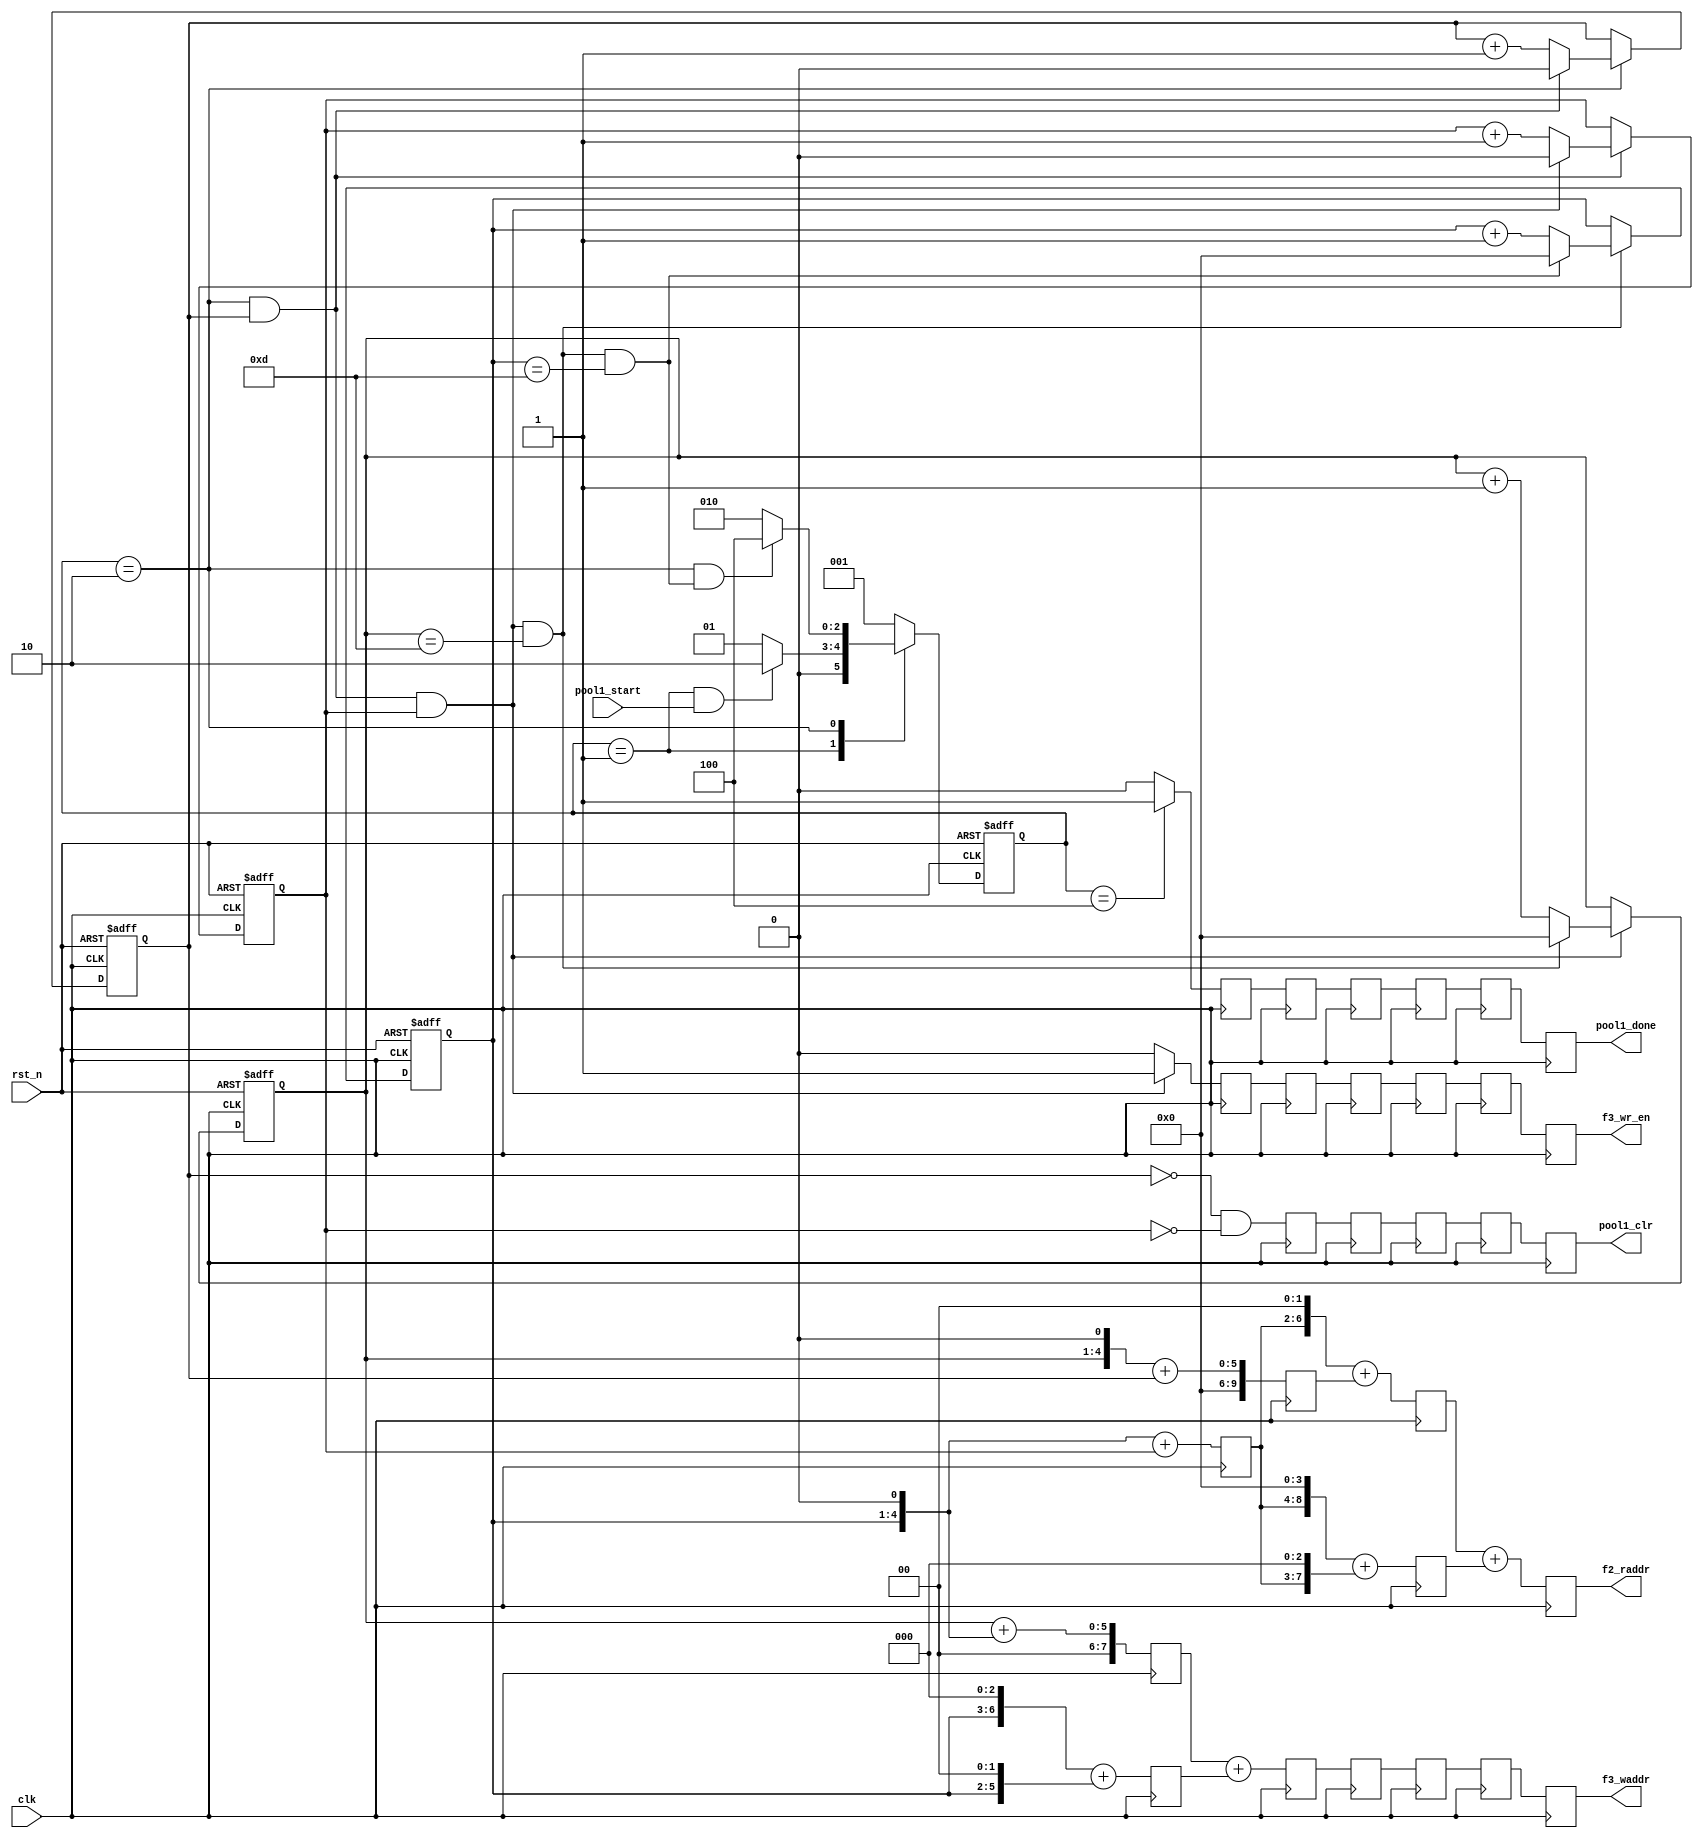
module pool1_ctrl(/*autoport*/
//output
			f3_waddr,
			f3_wr_en,
			f2_raddr,
			pool1_done,
			pool1_clr,
//input
			clk,
			rst_n,
			pool1_start);
	input 	clk;
	input  	rst_n;

	//Input Feature Read Addr
	output [9:0] f2_raddr;

	//Output Feature Write Addr and Write Enable
	output [7:0] f3_waddr;
	output 	f3_wr_en;

	//Control Signal
	input 	pool1_start;
	output  pool1_done;
	output 	pool1_clr;

	localparam		IDLE = 3'b001;
	localparam   	RUN  = 3'b010;
	localparam      DONE = 3'b100;

	reg [2:0]  current_state,next_state;
	wire IDLE2RUN_start,RUN2DONE_start;

	always@(posedge clk or negedge rst_n)begin
		if(!rst_n)begin
			current_state <= IDLE;
		end
		else begin
			current_state <= next_state;
		end
	end

	always@* begin
		case(current_state)
		IDLE:begin
			if(IDLE2RUN_start)
				next_state = RUN;
			else begin
				next_state = IDLE;
			end
		end
		RUN: begin
			if(RUN2DONE_start)
				next_state = DONE;
			else begin
				next_state = RUN;
			end
		end
		DONE:begin
			next_state = IDLE;
		end
		default : next_state = IDLE;
		endcase
	end

	assign IDLE2RUN_start = current_state==IDLE && pool1_start==1'b1;
	assign RUN2DONE_start = current_state==RUN && end_cnt3;

//-------------------------------------
//-------cnt1:kernel column cnt--------
//-------------------------------------
	reg cnt0;
	wire add_cnt0,end_cnt0;

	always @(posedge clk or negedge rst_n) begin
		if (!rst_n) begin
			// reset
			cnt0 <= 0;
		end
		else if (add_cnt0) begin
			if(end_cnt0)
				cnt0 <= 1'b0;
			else begin
				cnt0 <= cnt0 + 1'b1;
			end
		end
	end

	assign add_cnt0 = current_state==RUN;
	assign end_cnt0 = add_cnt0 && cnt0 == 2-1;

//-------------------------------------
//-------cnt1:kernel row cnt-----------
//-------------------------------------
	reg cnt1;
	wire add_cnt1,end_cnt1;

	always @(posedge clk or negedge rst_n) begin
		if (!rst_n) begin
			// reset
			cnt1 <= 0;
		end
		else if (add_cnt1) begin
			if(end_cnt1)
				cnt1 <= 0;
			else begin
				cnt1 <= cnt1 + 1'b1;
			end
		end
	end

	assign add_cnt1 = end_cnt0;
	assign end_cnt1 = add_cnt1 && cnt1 == 2-1;

//-------------------------------------
//-------cnt2:Feature column cnt-------
//-------------------------------------
	reg[3:0] cnt2;
	wire add_cnt2,end_cnt2;

	always @(posedge clk or negedge rst_n) begin
		if (!rst_n) begin
			// reset
			cnt2 <= 0;
		end
		else if (add_cnt2) begin
			if(end_cnt2)
				cnt2 <= 0;
			else begin
				cnt2 <= cnt2 + 1'b1;
			end
		end
	end

	assign add_cnt2 = end_cnt1;
	assign end_cnt2 = add_cnt2 && cnt2 == 14-1;

//-------------------------------------
//-------cnt3:Feature row cnt----------
//-------------------------------------

	reg[3:0] cnt3;
	wire add_cnt3,end_cnt3;
	always @(posedge clk or negedge rst_n) begin
		if (!rst_n) begin
			// reset
			cnt3 <= 0;
		end
		else if (add_cnt3) begin
			if(end_cnt3)
				cnt3 <= 0;
			else begin
				cnt3 <= cnt3 + 1'b1;
			end
		end
	end

	assign add_cnt3 = end_cnt2;
	assign end_cnt3 = add_cnt3 && cnt3 == 14-1;

//---------------------------------------
//-----Address Generate------------------
//---------------------------------------
	//Read Address Gen, total 3 cycles delay
	reg [9:0]  f2_raddr_s1_1,f2_raddr_s1_2,f2_raddr_s2_1,f2_raddr_s2_2,f2_raddr_s3;        
	//f2_raddr = cnt2*2 + cnt3*2*28 + cnt0 + cnt1 * 28;
	always@(posedge clk)begin
		f2_raddr_s1_1 <= {cnt2[3:0],1'b0}+cnt0;
		f2_raddr_s1_2 <= {cnt3[3:0],1'b0}+cnt1;
		f2_raddr_s2_1 <= {f2_raddr_s1_2[4:0],2'b0} + f2_raddr_s1_1;
		f2_raddr_s2_2 <= {f2_raddr_s1_2[4:0],4'b0}+{f2_raddr_s1_2[4:0],3'b0};
		f2_raddr_s3   <= f2_raddr_s2_1 + f2_raddr_s2_2;

	end

	assign f2_raddr = f2_raddr_s3;

	//Write Address Gen
	wire[7:0] f3_waddr_temp;
	reg[7:0] f3_waddr_s1_1,f3_waddr_s1_2,f3_waddr_s2,f3_waddr_s3;
	//f3_waddr_temp = cnt2 + cnt3*14;
	always@(posedge clk)begin
		f3_waddr_s1_1 <= {cnt3[3:0],3'b0}+{cnt3[3:0],2'b0};
		f3_waddr_s1_2 <= cnt2 + {cnt3[3:0],1'b0} ;
		f3_waddr_s2   <= f3_waddr_s1_2 + f3_waddr_s1_1;
		f3_waddr_s3   <= f3_waddr_s2;
  	end
  	assign f3_waddr_temp = f3_waddr_s3;

//--------------------------------------
//----Control Signal Gen----------------
//--------------------------------------
	wire 	  pool1_clr_temp;
	wire      f3_wr_en_temp;
	wire      pool1_done_temp;

	assign f3_wr_en_temp = end_cnt1? 1'b1:1'b0;
	assign pool1_done_temp = current_state==DONE? 1'b1:1'b0;
	assign pool1_clr_temp = cnt0==0 && cnt1==0;


//-----------------------------------------
//--Registers Stage to Meet Correct Timing
//-----------------------------------------
//6 cycles delay for f3_wr_en_temp 
//3 for f3_waddr_temp
//6 for pool1_done_temp
//5 for pool1_clr_temp
	reg[7:0] f3_waddr_r1,f3_waddr_r2,f3_waddr_r3;
	reg f3_wr_en_r1,f3_wr_en_r2,f3_wr_en_r3,f3_wr_en_r4,f3_wr_en_r5,f3_wr_en_r6;
	reg pool1_done_r1,pool1_done_r2,pool1_done_r3,pool1_done_r4,pool1_done_r5,pool1_done_r6;
	reg pool1_clr_r1,pool1_clr_r2,pool1_clr_r3,pool1_clr_r4,pool1_clr_r5;
	always@(posedge clk )begin
		f3_wr_en_r1  <=  f3_wr_en_temp;      //3  for cnt2addr  
		f3_wr_en_r2  <=  f3_wr_en_r1;		 //2  for addr2data
		f3_wr_en_r3  <=  f3_wr_en_r2;		 //1  for pool
		f3_wr_en_r4  <=  f3_wr_en_r3;
		f3_wr_en_r5  <=  f3_wr_en_r4;
		f3_wr_en_r6  <=  f3_wr_en_r5;

		f3_waddr_r1  <=  f3_waddr_temp;
		f3_waddr_r2  <=  f3_waddr_r1;
		f3_waddr_r3  <=  f3_waddr_r2;	

	 	pool1_done_r1<=  pool1_done_temp;
	 	pool1_done_r2<=  pool1_done_r1;
	 	pool1_done_r3<=  pool1_done_r2;
	 	pool1_done_r4<=  pool1_done_r3;
	 	pool1_done_r5<=  pool1_done_r4;
	 	pool1_done_r6<=  pool1_done_r5;

	 	pool1_clr_r1 <= pool1_clr_temp;		 //pool_clr should assert at the arrival cycle of data, so here is 3 + 2  
	 	pool1_clr_r2 <= pool1_clr_r1;
	 	pool1_clr_r3 <= pool1_clr_r2;
	 	pool1_clr_r4 <= pool1_clr_r3;
	 	pool1_clr_r5 <= pool1_clr_r4;

	end


	assign pool1_clr = pool1_clr_r5;
	assign f3_waddr  = f3_waddr_r3;
	assign f3_wr_en  = f3_wr_en_r6;
	assign pool1_done= pool1_done_r6;
endmodule